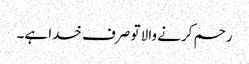
رحم کرنے والا تو صرف خدا ہے۔